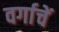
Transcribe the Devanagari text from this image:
वर्गाचें